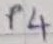
Text: P4